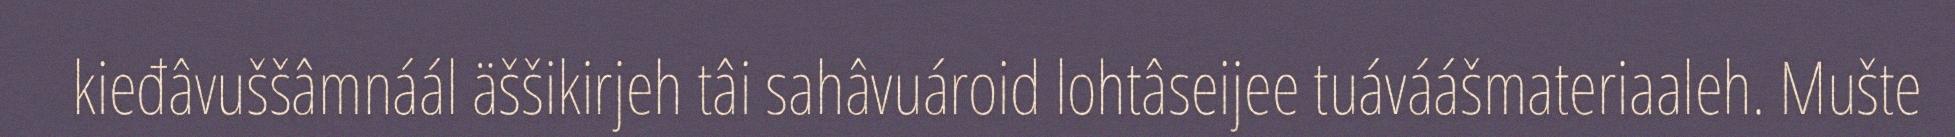
kieđâvuššâmnáál äššikirjeh tâi sahâvuároid lohtâseijee tuáváášmateriaaleh. Mušte